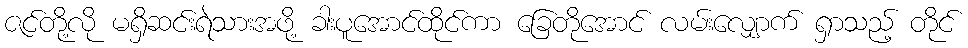
ဇင်တို့လို မရှိဆင်းရဲသားအဖို့ ခါးပူအောင်ထိုင်ကာ ခြေတိုအောင် လမ်းလျှောက် ရှာသည့် တိုင်